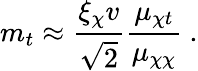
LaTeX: m_{t}\approx\frac{\xi_{\chi}v}{\sqrt{2}}\frac{\mu_{\chi t}}{\mu_{\chi\chi}}~.